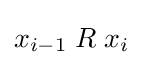
x_{i-1}\mathrel {R} x_{i}